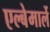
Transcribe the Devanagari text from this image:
एल्बेमार्ले